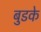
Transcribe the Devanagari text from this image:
बुडके